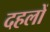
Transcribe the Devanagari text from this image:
दहलों